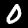
Digit: 0